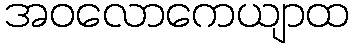
အဝလောကေယျာထ